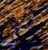
تكفي